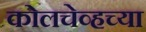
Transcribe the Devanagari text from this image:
कोलचेव्हच्या